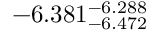
- 6 . 3 8 1 _ { - 6 . 4 7 2 } ^ { - 6 . 2 8 8 }